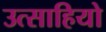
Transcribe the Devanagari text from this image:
उत्साहियो